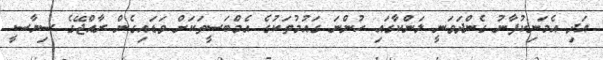
އަދި އެމަނިކުފާނު ގެންދަވަނީ ލަންކާގައި ހުންނަ ގައުމުތަކުގެ އެމްބަސީތަކަށް ވަޑައިގެން ރާއްޖޭގެ ސިޔާސީ